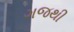
ગજથી